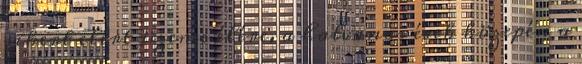
sikert elért üzeme élére, a hatvanas évek közepén a